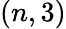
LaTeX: (n,3)